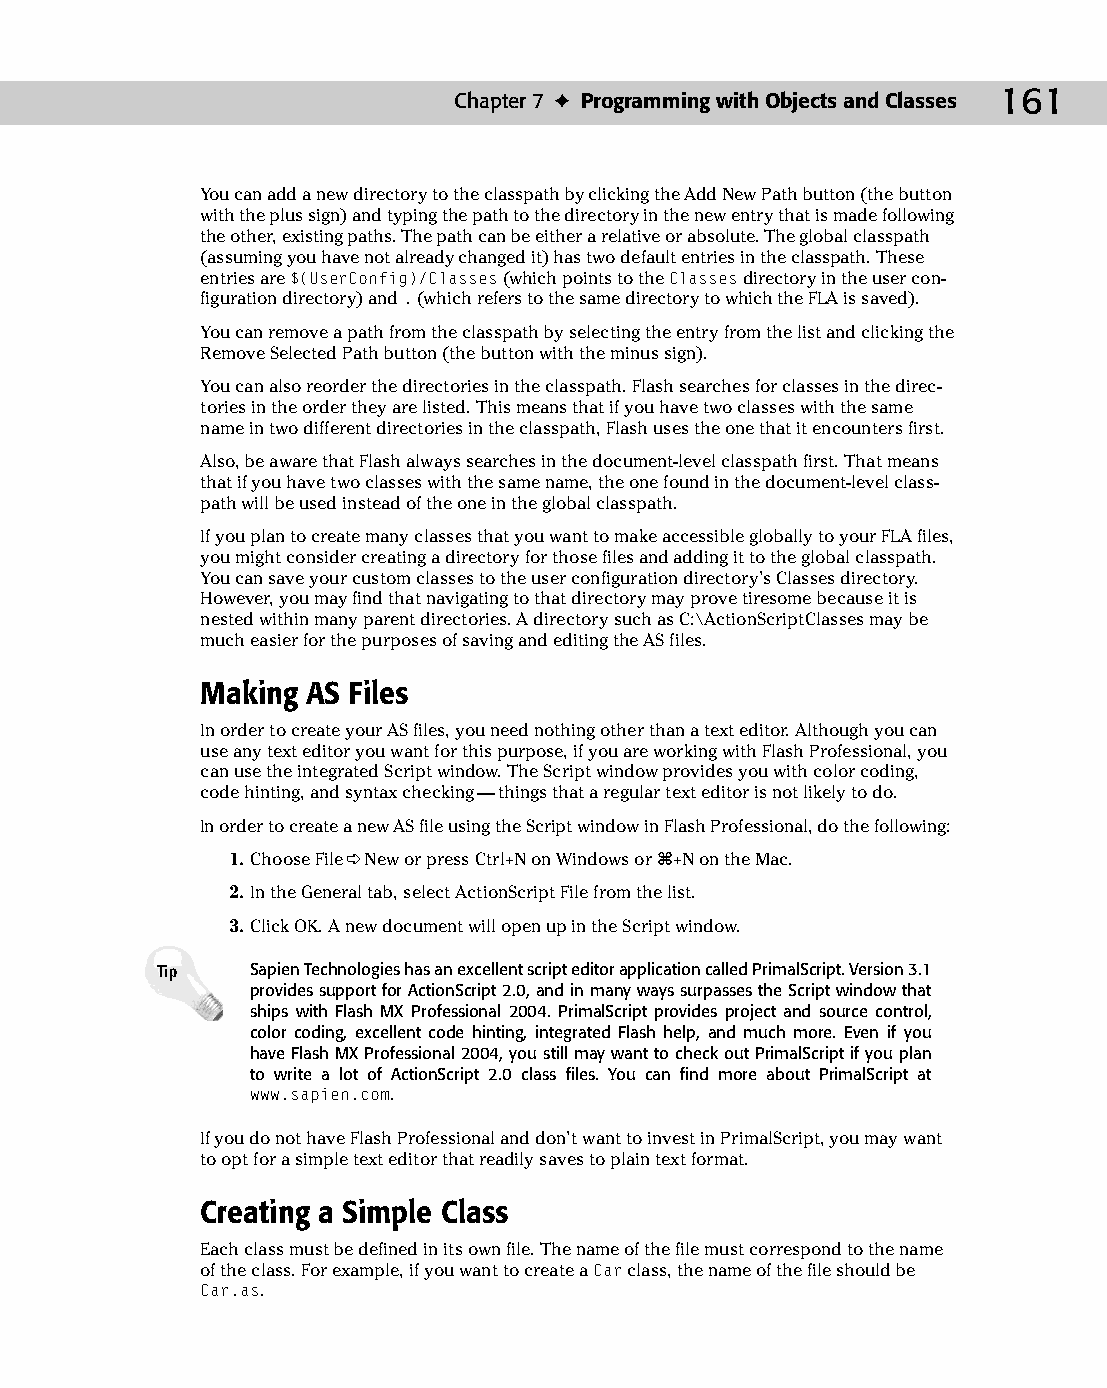
10 543547 ch07.qxd 3/24/04 3:50 PM Page 161
 Chapter 7 ✦ Programming with Objects and Classes 161
 You can add a new directory to the classpath by clicking the Add New Path button (the button
 with the plus sign) and typing the path to the directory in the new entry that is made following
 the other, existing paths. The path can be either a relative or absolute. The global classpath
 (assuming you have not already changed it) has two default entries in the classpath. These
 entries are $(UserConfig)/Classes (which points to the Classes directory in the user con­
 figuration directory) and . (which refers to the same directory to which the FLA is saved).
 You can remove a path from the classpath by selecting the entry from the list and clicking the
 Remove Selected Path button (the button with the minus sign).
 You can also reorder the directories in the classpath. Flash searches for classes in the direc­
 tories in the order they are listed. This means that if you have two classes with the same
 name in two different directories in the classpath, Flash uses the one that it encounters first.
 Also, be aware that Flash always searches in the document-level classpath first. That means
 that if you have two classes with the same name, the one found in the document-level class-
 path will be used instead of the one in the global classpath.
 If you plan to create many classes that you want to make accessible globally to your FLA files,
 you might consider creating a directory for those files and adding it to the global classpath.
 You can save your custom classes to the user configuration directory’s Classes directory.
 However, you may find that navigating to that directory may prove tiresome because it is
 nested within many parent directories. A directory such as C:\ActionScriptClasses may be
 much easier for the purposes of saving and editing the AS files.
 Making AS Files
 In order to create your AS files, you need nothing other than a text editor. Although you can
 use any text editor you want for this purpose, if you are working with Flash Professional, you
 can use the integrated Script window. The Script window provides you with color coding,
 code hinting, and syntax checking — things that a regular text editor is not likely to do.
 In order to create a new AS file using the Script window in Flash Professional, do the following:
 1. Choose File ➪ New or press Ctrl+N on Windows or Ô+N on the Mac.
 2. In the General tab, select ActionScript File from the list.
 3. Click OK. A new document will open up in the Script window.
 Tip    Sapien Technologies has an excellent script editor application called PrimalScript. Version 3.1
 provides support for ActionScript 2.0, and in many ways surpasses the Script window that
 ships with Flash MX Professional 2004. PrimalScript provides project and source control,
 color coding, excellent code hinting, integrated Flash help, and much more. Even if you
 have Flash MX Professional 2004, you still may want to check out PrimalScript if you plan
 to write a lot of ActionScript 2.0 class files. You can find more about PrimalScript at
 www.sapien.com.
 If you do not have Flash Professional and don’t want to invest in PrimalScript, you may want
 to opt for a simple text editor that readily saves to plain text format.
 Creating a Simple Class
 Each class must be defined in its own file. The name of the file must correspond to the name
 of the class. For example, if you want to create a Car class, the name of the file should be
 Car.as.